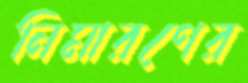
নিমারণের